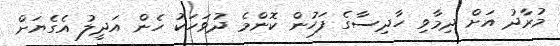
މުރާދު އަށް ދިމާވި ހާދިސާގެ ފަހުން ކޮންމެ ދުވަހަކު ހެން އަދީލު އެގެޔަށް